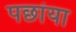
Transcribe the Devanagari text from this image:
पछांया